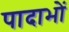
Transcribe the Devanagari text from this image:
पादाभों